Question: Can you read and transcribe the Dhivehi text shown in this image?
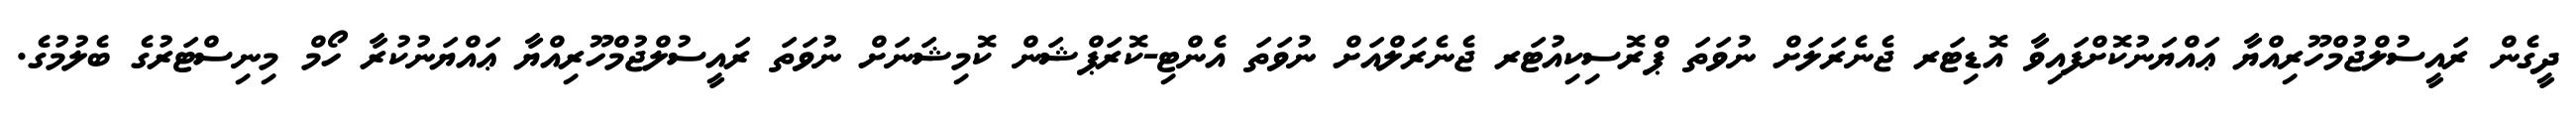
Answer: ދީގެން ރައީސުލްޖުމްހޫރިއްޔާ ޢައްޔަނުކޮށްފައިވާ އޮޑިޓަރ ޖެނެރަލަށް ނުވަތަ ޕްރޮސިކިއުޓަރ ޖެނެރަލްއަށް ނުވަތަ އެންޓި-ކޮރަޕްޝަން ކޮމިޝަނަށް ނުވަތަ ރައީސުލްޖުމްހޫރިއްޔާ ޢައްޔަނުކުރާ ހޯމް މިނިސްޓަރުގެ ބެލުމުގެ.